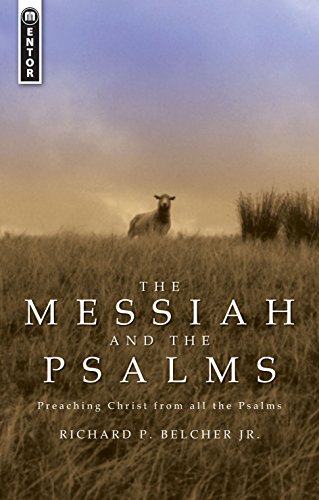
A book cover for The Messiah and the Psalms: Preaching Christ from all the Psalms; Richard P. Belcher Jr.; Christian Books & Bibles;